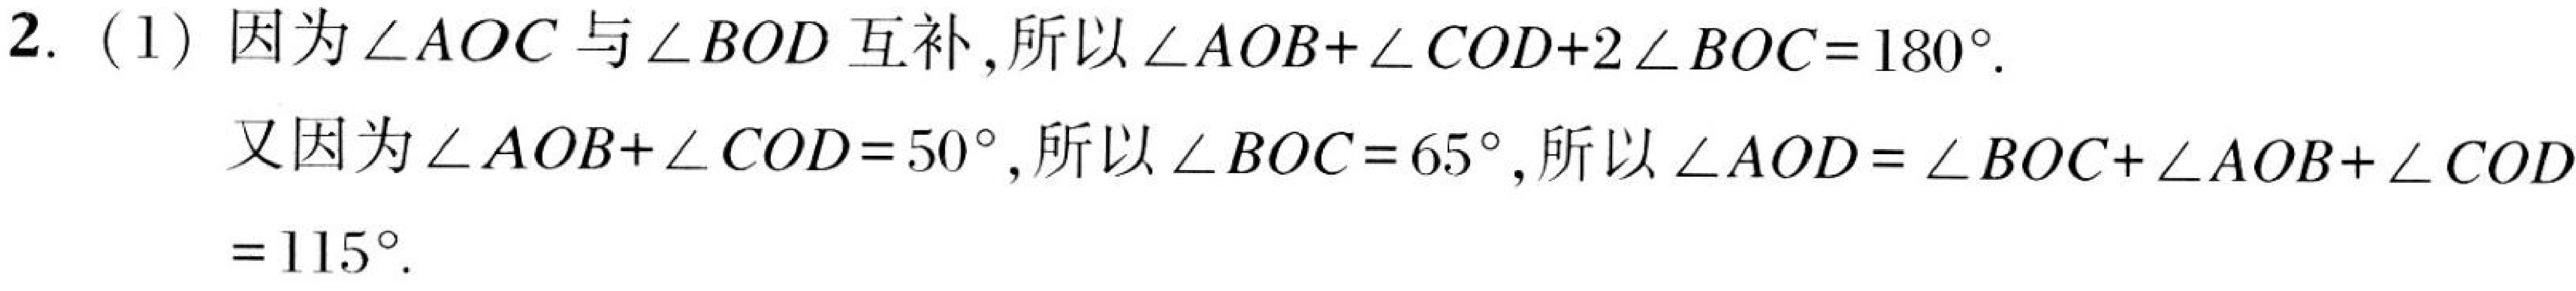
2. (1) 因为$\angle AOC$与$\angle BOD$互补,所以$\angle AOB+\angle COD + 2\angle BOC=180^{\circ}$.
又因为$\angle AOB+\angle COD = 50^{\circ}$,所以$\angle BOC = 65^{\circ}$,所以$\angle AOD=\angle BOC+\angle AOB+\angle COD=115^{\circ}$.